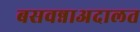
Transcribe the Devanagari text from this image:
बसवन्नाअदालत